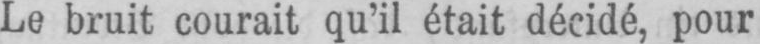
Le bruit courait qu’il était décidé, pour